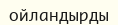
ойландырды